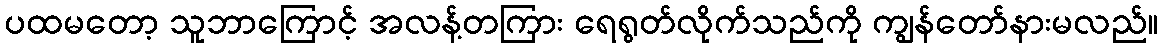
ပထမတော့ သူဘာကြောင့် အလန့်တကြား ရေရွတ်လိုက်သည်ကို ကျွန်တော်နားမလည်။